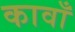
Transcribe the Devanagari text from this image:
कावाँ